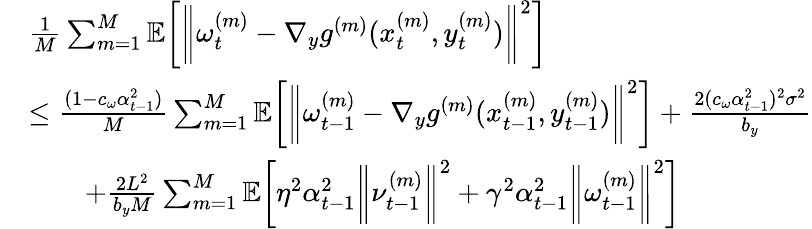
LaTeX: \begin{array}{rl}&{\frac{1}{M}\sum_{m=1}^{M}\mathbb{E}\bigg[\bigg\| \omega_{t}^{(m)}-\nabla_{y}g^{(m)}(x_{t}^{(m)},y_{t}^{(m)})\bigg\| ^{2}\bigg]}\\ &{\leq\frac{(1-c_{\omega}\alpha_{t-1}^{2})}{M}\sum_{m=1}^{M}\mathbb{E}\bigg[\bigg\| \omega_{t-1}^{(m)}-\nabla_{y}g^{(m)}(x_{t-1}^{(m)},y_{t-1}^{(m)})\bigg\| ^{2}\bigg]+\frac{2(c_{\omega}\alpha_{t-1}^{2})^{2}\sigma^{2}}{b_{y}}}\\ &{\qquad+\frac{2L^{2}}{b_{y}M}\sum_{m=1}^{M}\mathbb{E}\bigg[\eta^{2}\alpha_{t-1}^{2}\bigg\| \nu_{t-1}^{(m)}\bigg\| ^{2}+\gamma^{2}\alpha_{t-1}^{2}\bigg\| \omega_{t-1}^{(m)}\bigg\| ^{2}\bigg]}\end{array}